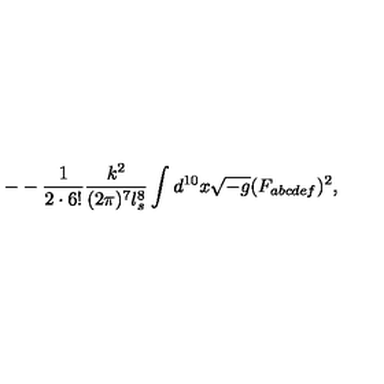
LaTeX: - - \frac { 1 } { 2 \cdot 6 ! } \frac { k ^ { 2 } } { ( 2 \pi ) ^ { 7 } l _ { s } ^ { 8 } } \int d ^ { 1 0 } x \sqrt { - g } ( F _ { a b c d e f } ) ^ { 2 } ,